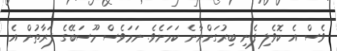
ވެސް އެ ކޮވެލި ފެނި ބިރުގަންނާނެ ކަމަށެވެ. ނަމަވެސް މޫސަބޭގެ ފަރާތުން އެ